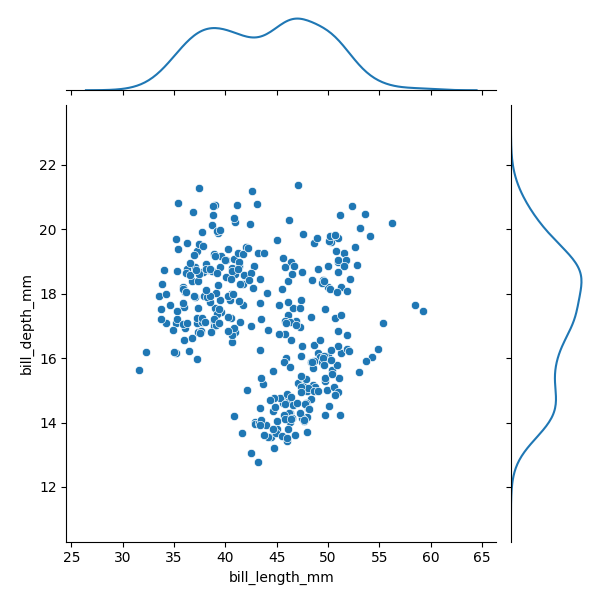
python, seaborn, JointGrid, scatterplot, kdeplot